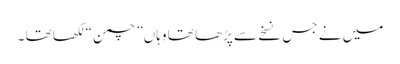
میں نے جس نسخے سے پڑھا تھا وہاں” چمن “ لکھا تھا ۔